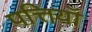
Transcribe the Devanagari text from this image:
पत्तियॉ